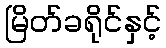
မြိတ်ခရိုင်နှင့်